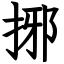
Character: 捓